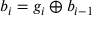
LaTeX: b _ { i } = g _ { i } \oplus b _ { i - 1 }